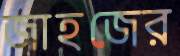
জাহজের